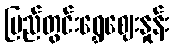
ပြည်တွင်းရွှေဈေးနှုန်း